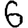
Digit: 6